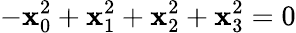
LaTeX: -\mathbf{x}_{0}^{2}+\mathbf{x}_{1}^{2}+\mathbf{x}_{2}^{2}+\mathbf{x}_{3}^{2}=0